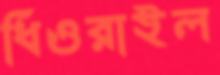
ধিওরাইল